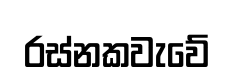
රස්නකවැවේ